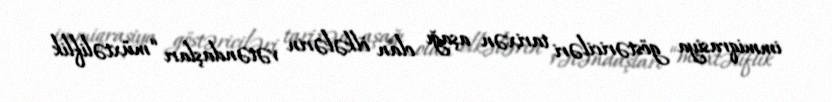
immiqrasiya göstəriciləri tarixən aşağı olan ölkələrin vətəndaşları “müxtəliflik